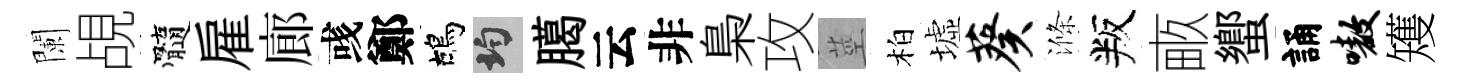
闌覘髓雇廊彧鄭鴣均臈云非梟攻莖柏墟葵滌叛畞蠁誦嗷矱